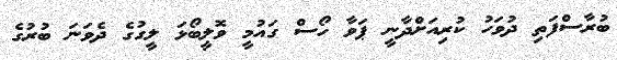
ބުރާސްފަތި ދުވަހު ކުރިއަށްދާނީ ޕަވާ ހޯސް ގައުމީ ވޮލީބޯޅަ ލީގުގެ ދެވަނަ ބުރުގެ